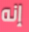
إنه